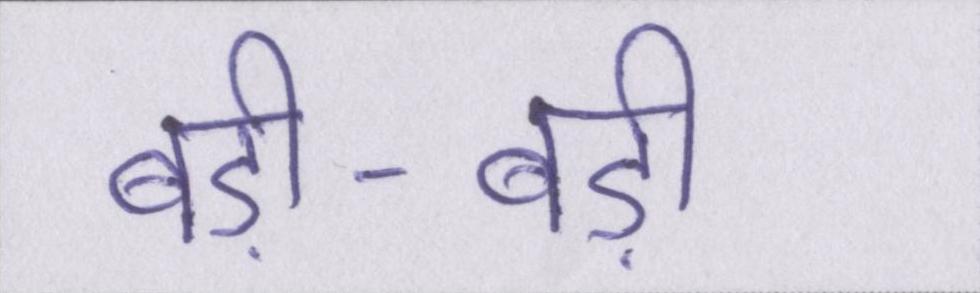
बड़ी-बड़ी